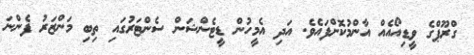
ގްރޫޕްގެ ވީޑިއޯއެއް އާންމުކޮށްފައެވެ. އަދި އެމީހުން ޑީޓެންޝަން ސެންޓަރުގައި ތިބި މަންޒަރު ފެންނަ